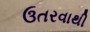
ઉતરવાથી